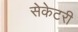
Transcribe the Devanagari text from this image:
सेकेटरी